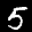
Label: 5